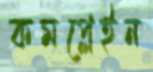
কমপ্লেইন